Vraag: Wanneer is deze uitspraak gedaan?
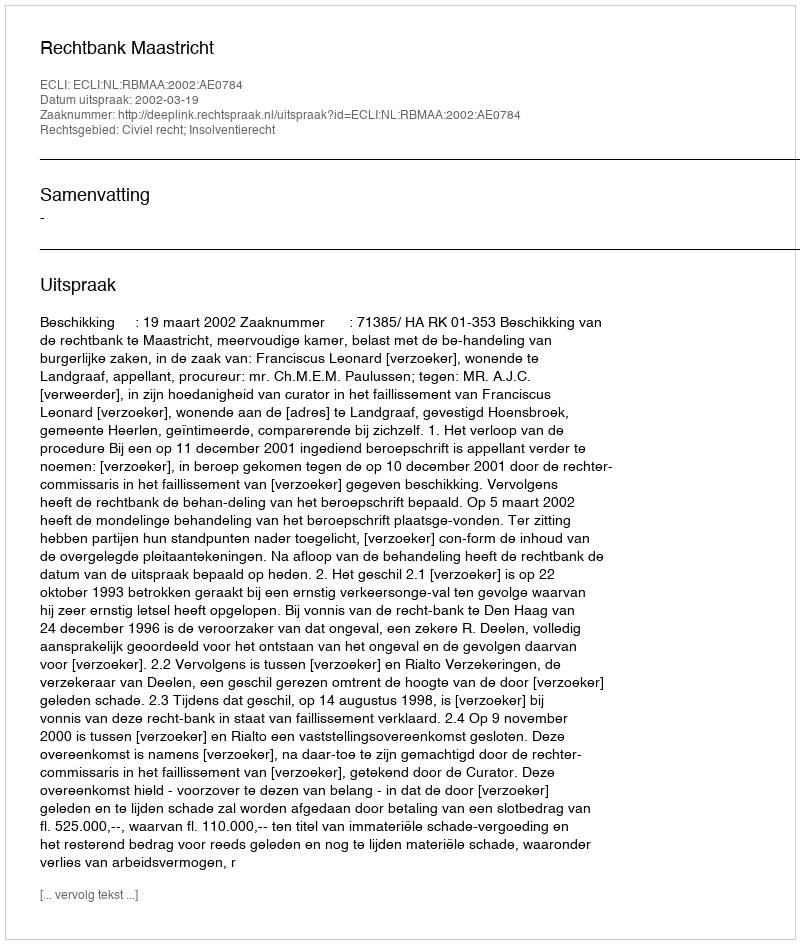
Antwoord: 2002-03-19